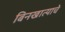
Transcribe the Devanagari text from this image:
बिनखात्याचे